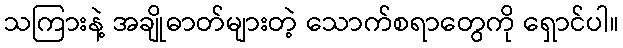
သကြားနဲ့ အချိုဓာတ်များတဲ့ သောက်စရာတွေကို ရှောင်ပါ။